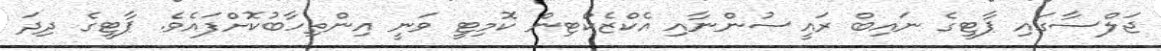
ޖަލްސާގައި ޕާޓީގެ ނައިބް ރައީސުންނާއި އެކްޒެކްޓިން ކޮމިޓީ ވަނީ އިންތިހާބުކޮށްފައެވެ. ޕާޓީގެ ދިދަ